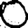
Digit: 0